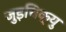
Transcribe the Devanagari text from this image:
जुइचिक्यु